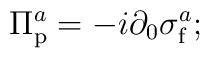
\Pi_{\rm p}^{a} = -i\partial_{0}\sigma_{\rm f}^{a};